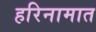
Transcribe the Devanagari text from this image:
हरिनामात